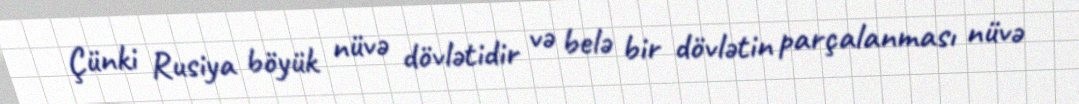
Çünki Rusiya böyük nüvə dövlətidir və belə bir dövlətin parçalanması nüvə